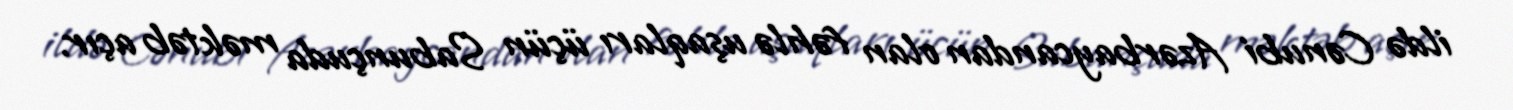
ildə Cənubi Azərbaycandan olan fəhlə uşaqları üçün Sabunçuda məktəb açır.